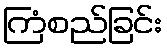
ကြံစည်ခြင်း